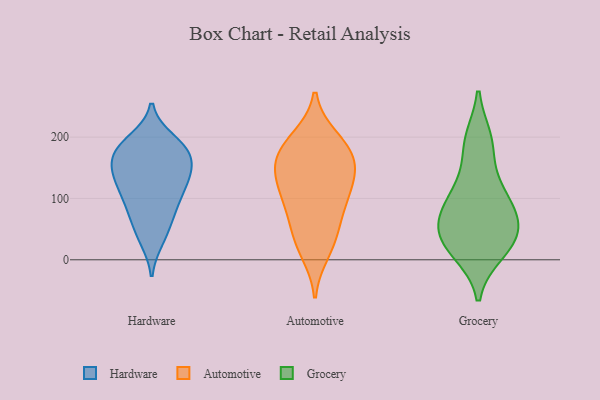
{"axis": {"x": "Page Views", "y": "Value"}, "legend": ["Automotive", "Grocery", "Hardware"], "data": [{"x": "", "y": 122, "type": "Hardware"}, {"x": "", "y": 94, "type": "Hardware"}, {"x": "", "y": 83, "type": "Hardware"}, {"x": "", "y": 176, "type": "Hardware"}, {"x": "", "y": 33, "type": "Hardware"}, {"x": "", "y": 129, "type": "Hardware"}, {"x": "", "y": 64, "type": "Hardware"}, {"x": "", "y": 195, "type": "Hardware"}, {"x": "", "y": 149, "type": "Hardware"}, {"x": "", "y": 125, "type": "Hardware"}, {"x": "", "y": 85, "type": "Hardware"}, {"x": "", "y": 163, "type": "Hardware"}, {"x": "", "y": 127, "type": "Hardware"}, {"x": "", "y": 185, "type": "Hardware"}, {"x": "", "y": 190, "type": "Hardware"}, {"x": "", "y": 143, "type": "Hardware"}, {"x": "", "y": 39, "type": "Hardware"}, {"x": "", "y": 172, "type": "Hardware"}, {"x": "", "y": 172, "type": "Hardware"}, {"x": "", "y": 145, "type": "Automotive"}, {"x": "", "y": 124, "type": "Automotive"}, {"x": "", "y": 13, "type": "Automotive"}, {"x": "", "y": 192, "type": "Automotive"}, {"x": "", "y": 198, "type": "Automotive"}, {"x": "", "y": 169, "type": "Automotive"}, {"x": "", "y": 173, "type": "Automotive"}, {"x": "", "y": 159, "type": "Automotive"}, {"x": "", "y": 101, "type": "Automotive"}, {"x": "", "y": 43, "type": "Automotive"}, {"x": "", "y": 136, "type": "Automotive"}, {"x": "", "y": 34, "type": "Automotive"}, {"x": "", "y": 93, "type": "Automotive"}, {"x": "", "y": 82, "type": "Automotive"}, {"x": "", "y": 112, "type": "Grocery"}, {"x": "", "y": 82, "type": "Grocery"}, {"x": "", "y": 187, "type": "Grocery"}, {"x": "", "y": 62, "type": "Grocery"}, {"x": "", "y": 113, "type": "Grocery"}, {"x": "", "y": 13, "type": "Grocery"}, {"x": "", "y": 47, "type": "Grocery"}, {"x": "", "y": 25, "type": "Grocery"}, {"x": "", "y": 195, "type": "Grocery"}, {"x": "", "y": 63, "type": "Grocery"}, {"x": "", "y": 26, "type": "Grocery"}]}